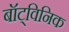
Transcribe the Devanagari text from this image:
बॉट्विनिक